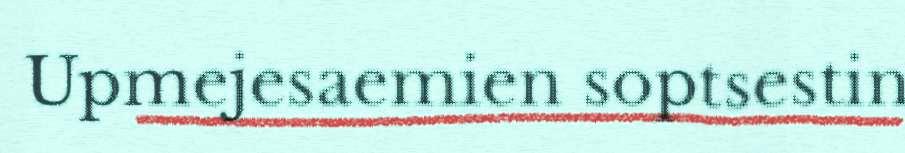
Upmejesaemien soptsestin